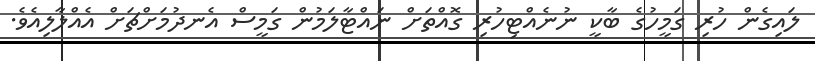
ލައިގެން ހުރި ގަމީހުގެ ބާކީ ނުނެއްޓިހުރި ގޮއްތަށް ނައްޓާލަމުން ގަމީސް އެނދުމަށްޗަށް އެއްލާލިއެވެ.